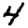
Digit: 4